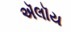
ઍલૉય